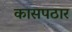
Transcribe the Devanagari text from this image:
कासपठार